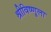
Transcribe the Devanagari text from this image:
श्रीविष्णूला